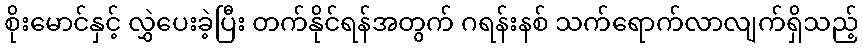
စိုးမောင်နှင့် လွှဲပေးခဲ့ပြီး တက်နိုင်ရန်အတွက် ဂရန်းနစ် သက်ရောက်လာလျက်ရှိသည့်